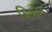
દિવડા